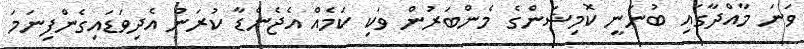
ވަނަ މާއްދާގައި ބުނަނީ ކޮމިޝަންގެ މެންބަރުން ވަކި ކަމެއް އެޖެންޑާ ކުރަން އެދިވަޑައިގެންފިނަމަ